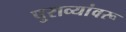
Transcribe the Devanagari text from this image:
पुराव्यांवरू